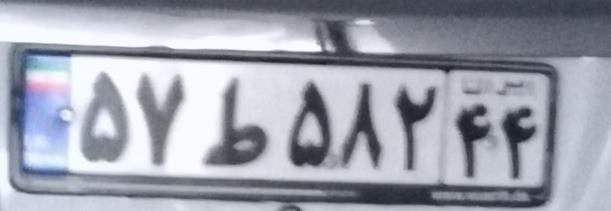
۵۷ط۵۸۲۴۴